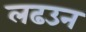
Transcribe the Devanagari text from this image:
लढउन